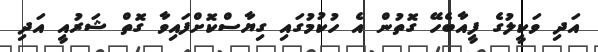
އަދި ވަކީލުގެ ފީއާބެހޭ ގޮތުން އެ ހުކުމުގައި ގިޔާސްކޮށްފައިވާ ގޮތް ޝަރުއީ އަދި